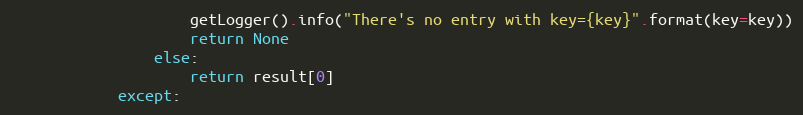
Language: Python
                    getLogger().info("There's no entry with key={key}".format(key=key))
                    return None
                else:
                    return result[0]
            except: